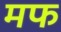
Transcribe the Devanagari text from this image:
मफ